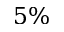
5 \%